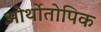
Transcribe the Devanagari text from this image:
ओर्थोतोपिक